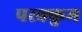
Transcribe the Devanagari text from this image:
परक्कुम